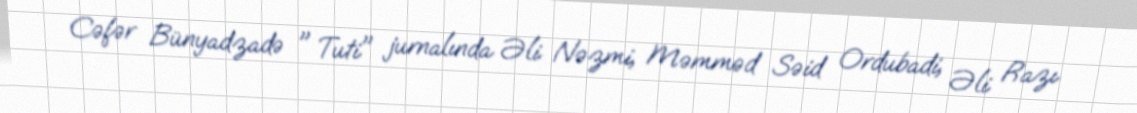
Cəfər Bünyadzadə " Tuti" jurnalında Əli Nəzmi, Məmməd Səid Ordubadi, Əli Razı